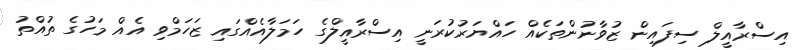
އިސްރާއީލް ސިފައިން ޒުވާނުންތަކެއް ހައްޔަރުކުރަނީ އިސްރާއީލްގެ ހަމަލާއެއްގައި ޒަހަމްވި އެއް މަހުގެ ތުއްތު